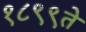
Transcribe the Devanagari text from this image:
१८९९ते